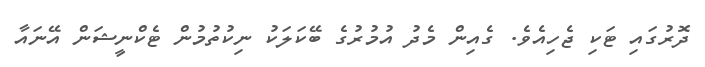
ދޮރުގައި ޓަކި ޖެހިއެވެ. ގެއިން މެދު އުމުރުގެ ބޭކަލަކު ނިކުތުމުން ޓެކްނީޝަން އޭނައާ